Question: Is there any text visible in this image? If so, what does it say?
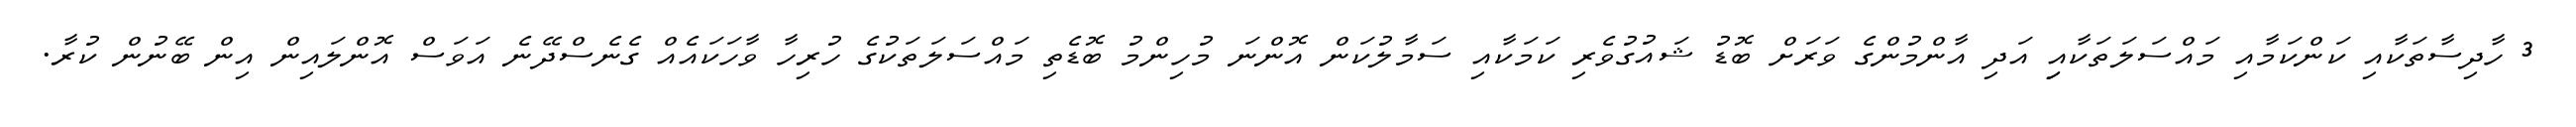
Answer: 3 ހާދިސާތަކާއި ކަންކަމާއި މައްސަލަތަކާއިި އަދި އާންމުންގެ ވަރަށް ބޮޑު ޝައުގުވެރި ކަމަކާއި ސަމާލުކަން އޮންނަ މުހިންމު ބޮޑެތި މައްސަލަތަކުގެ ހުރިހާ ވާހަކައެއް ގެނެސްދޭނެ އަވަސް އޮންލައިން އިން ބޭނުން ކުރާ.